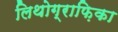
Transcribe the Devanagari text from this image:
लिथोग्राफ़िका